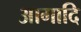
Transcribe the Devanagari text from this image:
आगादि